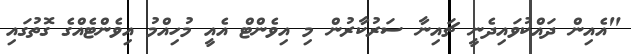
"އެއިން ދައްކުވައިދެނީ ޗައިނާ ސަރުކާރުން މި އިވެންޓް އެއީ މުހިއްމު އިވެންޓެއްގެ ގޮތުގައި